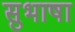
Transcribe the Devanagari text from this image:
सुभाषा